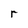
Character: r